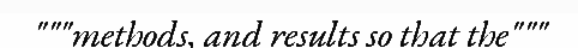
"""methods, and results so that the"""